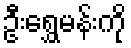
ဦးရွှေမန်းကို